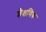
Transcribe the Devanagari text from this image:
शै़क्षणिक